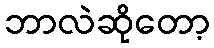
ဘာလဲဆိုတော့